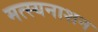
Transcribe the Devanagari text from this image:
मत्स्यनाशन